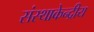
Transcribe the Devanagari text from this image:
संस्थाकेन्द्रीय